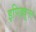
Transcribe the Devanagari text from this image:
इपिड्यूरल